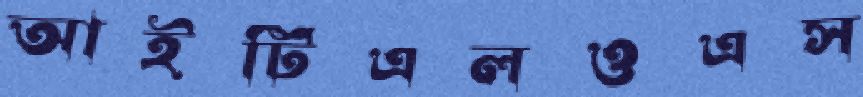
আইটিএলওএস